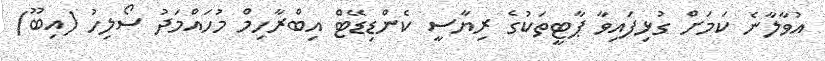
އުވާލާނެ ކަމަށް ގުޅިފައިވާ ޕާޓީތަކުގެ ރިޔާސީ ކެންޑިޑޭޓް އިބްރާހިމް މުހައްމަދު ސޯލިހު (އިބޫ)